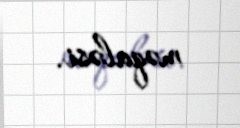
məqaləsi.